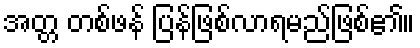
အတ္တ တစ်ဖန် ပြန်ဖြစ်လာရမည်ဖြစ်၏။